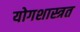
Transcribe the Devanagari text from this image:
योगशास्त्रत